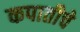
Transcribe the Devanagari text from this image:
कपातीचे